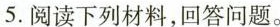
5.阅读下列材料，回答问题。